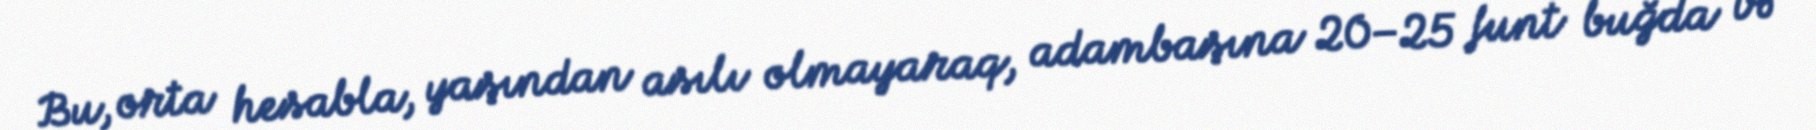
Bu, orta hesabla, yaşından asılı olmayaraq, adambaşına 20–25 funt buğda və